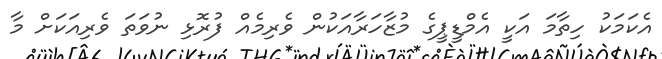
އެކަމަކު ހިތާމަ އަކީ އެމްޑީޕީގެ މުޒާހަރާއަކުން ވެރިމެއް ފުރޮޅި ނުވަތަ ވެރިއަކަށް މާ